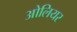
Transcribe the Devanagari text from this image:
ओलियर